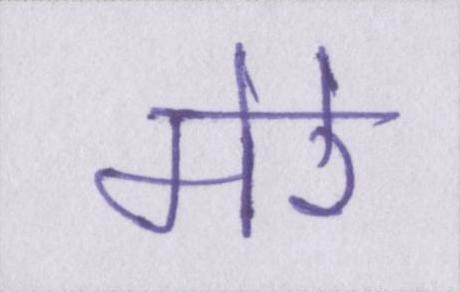
मेरे